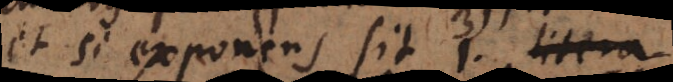
et si exponens sit 1, litera